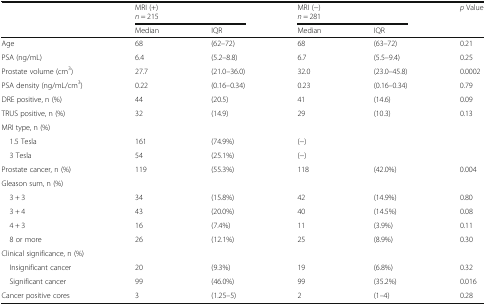
| <ROWSPAN=2>  | <COLSPAN=2> MRI (+)n = 215 | <COLSPAN=2> MRI (−)n = 281 | <ROWSPAN=2> p Value |
 | Median | IQR | Median | IQR |
 | --- | --- | --- | --- | --- | --- |
 | Age | 68 | (62–72) | 68 | (63–72) | 0.21 |
 | PSA (ng/mL) | 6.4 | (5.2–8.8) | 6.7 | (5.5–9.4) | 0.25 |
 | Prostate volume (cm3) | 27.7 | (21.0–36.0) | 32.0 | (23.0–45.8) | 0.0002 |
 | PSA density (ng/mL/cm3) | 0.22 | (0.16–0.34) | 0.23 | (0.16–0.34) | 0.79 |
 | DRE positive, n (%) | 44 | (20.5) | 41 | (14.6) | 0.09 |
 | TRUS positive, n (%) | 32 | (14.9) | 29 | (10.3) | 0.13 |
 | <COLSPAN=6> MRI type, n (%) |
 | 1.5 Tesla | 161 | (74.9%) | (−) |  |  |
 | 3 Tesla | 54 | (25.1%) | (−) |  |  |
 | Prostate cancer, n (%) | 119 | (55.3%) | 118 | (42.0%) | 0.004 |
 | <COLSPAN=6> Gleason sum, n (%) |
 | 3 + 3 | 34 | (15.8%) | 42 | (14.9%) | 0.80 |
 | 3 + 4 | 43 | (20.0%) | 40 | (14.5%) | 0.08 |
 | 4 + 3 | 16 | (7.4%) | 11 | (3.9%) | 0.11 |
 | 8 or more | 26 | (12.1%) | 25 | (8.9%) | 0.30 |
 | <COLSPAN=6> Clinical significance, n (%) |
 | Insignificant cancer | 20 | (9.3%) | 19 | (6.8%) | 0.32 |
 | Significant cancer | 99 | (46.0%) | 99 | (35.2%) | 0.016 |
 | Cancer positive cores | 3 | (1.25–5) | 2 | (1–4) | 0.28 |